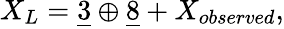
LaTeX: X_{L}=\underline{{{3}}}\oplus\underline{{{8}}}+X_{observed},